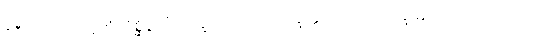
ဝိနီလကံ, ဝိပုဗ္ဗကံ, ဝိစ္ဆိဒ္ဒကံ, ဝိက္ခာယိတကံ, ဝိက္ခိတ္တကံ, ဟတဝိက္ခိတ္တကံ, လောဟိတကံ,